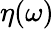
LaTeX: \eta(\omega)